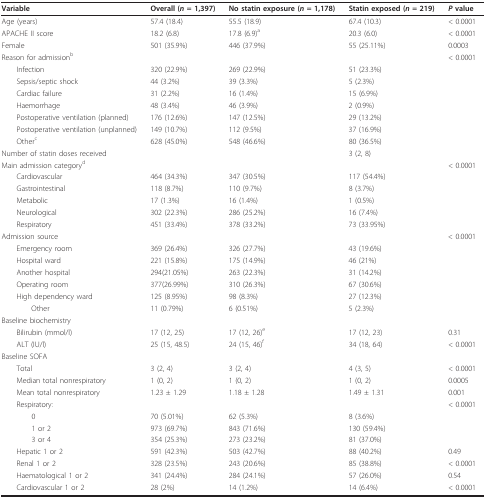
<table><thead><tr><td><b>Variable</b></td><td><b>Overall (<i>n </i>= 1,397)</b></td><td><b>No statin exposure (<i>n </i>= 1,178)</b></td><td><b>Statin exposed (<i>n </i>= 219)</b></td><td><b><i>P </i>value</b></td></tr></thead><tbody><tr><td>Age (years)</td><td>57.4 (18.4)</td><td>55.5 (18.9)</td><td>67.4 (10.3)</td><td>&lt; 0.0001</td></tr><tr><td>APACHE II score</td><td>18.2 (6.8)</td><td>17.8 (6.9)<sup>a</sup></td><td>20.3 (6.0)</td><td>&lt; 0.0001</td></tr><tr><td>Female</td><td>501 (35.9%)</td><td>446 (37.9%)</td><td>55 (25.11%)</td><td>0.0003</td></tr><tr><td>Reason for admission<sup>b</sup></td><td></td><td></td><td></td><td>&lt; 0.0001</td></tr><tr><td> Infection</td><td>320 (22.9%)</td><td>269 (22.9%)</td><td>51 (23.3%)</td><td></td></tr><tr><td> Sepsis/septic shock</td><td>44 (3.2%)</td><td>39 (3.3%)</td><td>5 (2.3%)</td><td></td></tr><tr><td> Cardiac failure</td><td>31 (2.2%)</td><td>16 (1.4%)</td><td>15 (6.9%)</td><td></td></tr><tr><td> Haemorrhage</td><td>48 (3.4%)</td><td>46 (3.9%)</td><td>2 (0.9%)</td><td></td></tr><tr><td> Postoperative ventilation (planned)</td><td>176 (12.6%)</td><td>147 (12.5%)</td><td>29 (13.2%)</td><td></td></tr><tr><td> Postoperative ventilation (unplanned)</td><td>149 (10.7%)</td><td>112 (9.5%)</td><td>37 (16.9%)</td><td></td></tr><tr><td> Other<sup>c</sup></td><td>628 (45.0%)</td><td>548 (46.6%)</td><td>80 (36.5%)</td><td></td></tr><tr><td>Number of statin doses received</td><td></td><td></td><td>3 (2, 8)</td><td></td></tr><tr><td>Main admission category<sup>d</sup></td><td></td><td></td><td></td><td>&lt; 0.0001</td></tr><tr><td> Cardiovascular</td><td>464 (34.3%)</td><td>347 (30.5%)</td><td>117 (54.4%)</td><td></td></tr><tr><td> Gastrointestinal</td><td>118 (8.7%)</td><td>110 (9.7%)</td><td>8 (3.7%)</td><td></td></tr><tr><td> Metabolic</td><td>17 (1.3%)</td><td>16 (1.4%)</td><td>1 (0.5%)</td><td></td></tr><tr><td> Neurological</td><td>302 (22.3%)</td><td>286 (25.2%)</td><td>16 (7.4%)</td><td></td></tr><tr><td> Respiratory</td><td>451 (33.4%)</td><td>378 (33.2%)</td><td>73 (33.95%)</td><td></td></tr><tr><td>Admission source</td><td></td><td></td><td></td><td>&lt; 0.0001</td></tr><tr><td> Emergency room</td><td>369 (26.4%)</td><td>326 (27.7%)</td><td>43 (19.6%)</td><td></td></tr><tr><td> Hospital ward</td><td>221 (15.8%)</td><td>175 (14.9%)</td><td>46 (21%)</td><td></td></tr><tr><td> Another hospital</td><td>294(21.05%)</td><td>263 (22.3%)</td><td>31 (14.2%)</td><td></td></tr><tr><td> Operating room</td><td>377(26.99%)</td><td>310 (26.3%)</td><td>67 (30.6%)</td><td></td></tr><tr><td> High dependency ward</td><td>125 (8.95%)</td><td>98 (8.3%)</td><td>27 (12.3%)</td><td></td></tr><tr><td>Other</td><td>11 (0.79%)</td><td>6 (0.51%)</td><td>5 (2.3%)</td><td></td></tr><tr><td>Baseline biochemistry</td><td></td><td></td><td></td><td></td></tr><tr><td> Bilirubin (mmol/l)</td><td>17 (12, 25)</td><td>17 (12, 26)<sup>e</sup></td><td>17 (12, 23)</td><td>0.31</td></tr><tr><td> ALT (IU/l)</td><td>25 (15, 48.5)</td><td>24 (15, 46)<sup>f</sup></td><td>34 (18, 64)</td><td>&lt; 0.0001</td></tr><tr><td>Baseline SOFA</td><td></td><td></td><td></td><td></td></tr><tr><td> Total</td><td>3 (2, 4)</td><td>3 (2, 4)</td><td>4 (3, 5)</td><td>&lt; 0.0001</td></tr><tr><td> Median total nonrespiratory</td><td>1 (0, 2)</td><td>1 (0, 2)</td><td>1 (0, 2)</td><td>0.0005</td></tr><tr><td> Mean total nonrespiratory</td><td>1.23 ± 1.29</td><td>1.18 ± 1.28</td><td>1.49 ± 1.31</td><td>0.001</td></tr><tr><td> Respiratory:</td><td></td><td></td><td></td><td>&lt; 0.0001</td></tr><tr><td>0</td><td>70 (5.01%)</td><td>62 (5.3%)</td><td>8 (3.6%)</td><td></td></tr><tr><td>1 or 2</td><td>973 (69.7%)</td><td>843 (71.6%)</td><td>130 (59.4%)</td><td></td></tr><tr><td>3 or 4</td><td>354 (25.3%)</td><td>273 (23.2%)</td><td>81 (37.0%)</td><td></td></tr><tr><td> Hepatic 1 or 2</td><td>591 (42.3%)</td><td>503 (42.7%)</td><td>88 (40.2%)</td><td>0.49</td></tr><tr><td> Renal 1 or 2</td><td>328 (23.5%)</td><td>243 (20.6%)</td><td>85 (38.8%)</td><td>&lt; 0.0001</td></tr><tr><td> Haematological 1 or 2</td><td>341 (24.4%)</td><td>284 (24.1%)</td><td>57 (26.0%)</td><td>0.54</td></tr><tr><td> Cardiovascular 1 or 2</td><td>28 (2%)</td><td>14 (1.2%)</td><td>14 (6.4%)</td><td>&lt; 0.0001</td></tr></tbody></table>